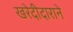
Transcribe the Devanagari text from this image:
खरेदीदाराने